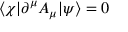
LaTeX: \langle \chi | \partial ^ { \mu } A _ { \mu } | \psi \rangle = 0